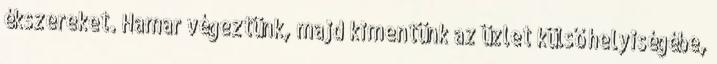
ékszereket. Hamar végeztünk, majd kimentünk az üzlet külső helyiségébe,